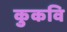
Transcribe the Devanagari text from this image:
कुकवि